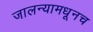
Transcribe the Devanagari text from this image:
जालन्यामधूनच